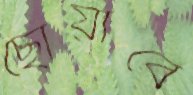
ছোঁয়াবে